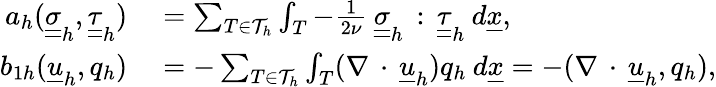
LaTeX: \begin{array}{rl}{a_{h}(\underline{{\underline{{\sigma}}}}_{h},\underline{{\underline{{\tau}}}}_{h})}&{{}=\sum_{T\in\mathcal{T}_{h}}\int_{T}-\frac{1}{2\nu}\: \underline{{\underline{{\sigma}}}}_{h}\, :\, \underline{{\underline{{\tau}}}}_{h}\: d\underline{{x}},}\\ {b_{1h}(\underline{{u}}_{h},q_{h})}&{{}=-\sum_{T\in\mathcal{T}_{h}}\int_{T}(\nabla\, \cdot\, \underline{{u}}_{h})q_{h}\: d\underline{{x}}=-(\nabla\, \cdot\, \underline{{u}}_{h},q_{h}),}\end{array}